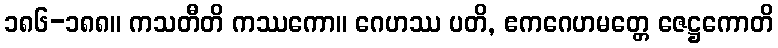
၁၈၆-၁၈၈။ ကသတီတိ ကဿကော။ ဂေဟဿ ပတိ, ဧကဂေဟမတ္တေ ဇေဋ္ဌကောတိ